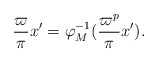
\begin{align*}\frac\varpi\pi x' = \varphi_M^{-1}(\frac{\varpi^p}\pi x').\end{align*}